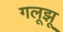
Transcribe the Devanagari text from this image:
गलूझू